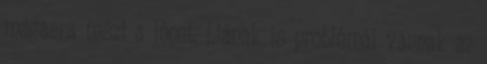
magasra teszi a lécet, Liának is problémái vannak az